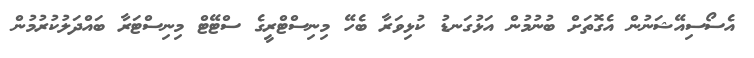
އެސޯސިއޭޝަނުން އެގޮތަށް ބުނުމުން އަޅުގަނޑު ކުޅިވަރާ ބެހޭ މިނިސްޓްރީގެ ސްޓޭޓް މިނިސްޓަރާ ބައްދަލުކުރުމުން